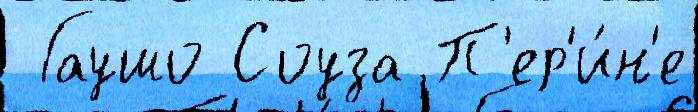
 Гаушо Соуза П'ер'и́н'е